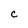
Character: c